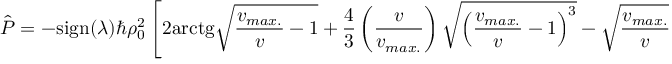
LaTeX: \hat { P } = - \mathrm { s i g n } ( \lambda ) \hbar \rho _ { 0 } ^ { 2 } \left[ 2 \mathrm { a r c t g } \sqrt { { \frac { v _ { m a x . } } { v } } - 1 } + { \frac { 4 } { 3 } } \left( { \frac { v } { v _ { m a x . } } } \right) \sqrt { \left( { \frac { v _ { m a x . } } { v } } - 1 \right) ^ { 3 } } - \sqrt { { \frac { v _ { m a x . } } { v } } - 1 } \right] ,